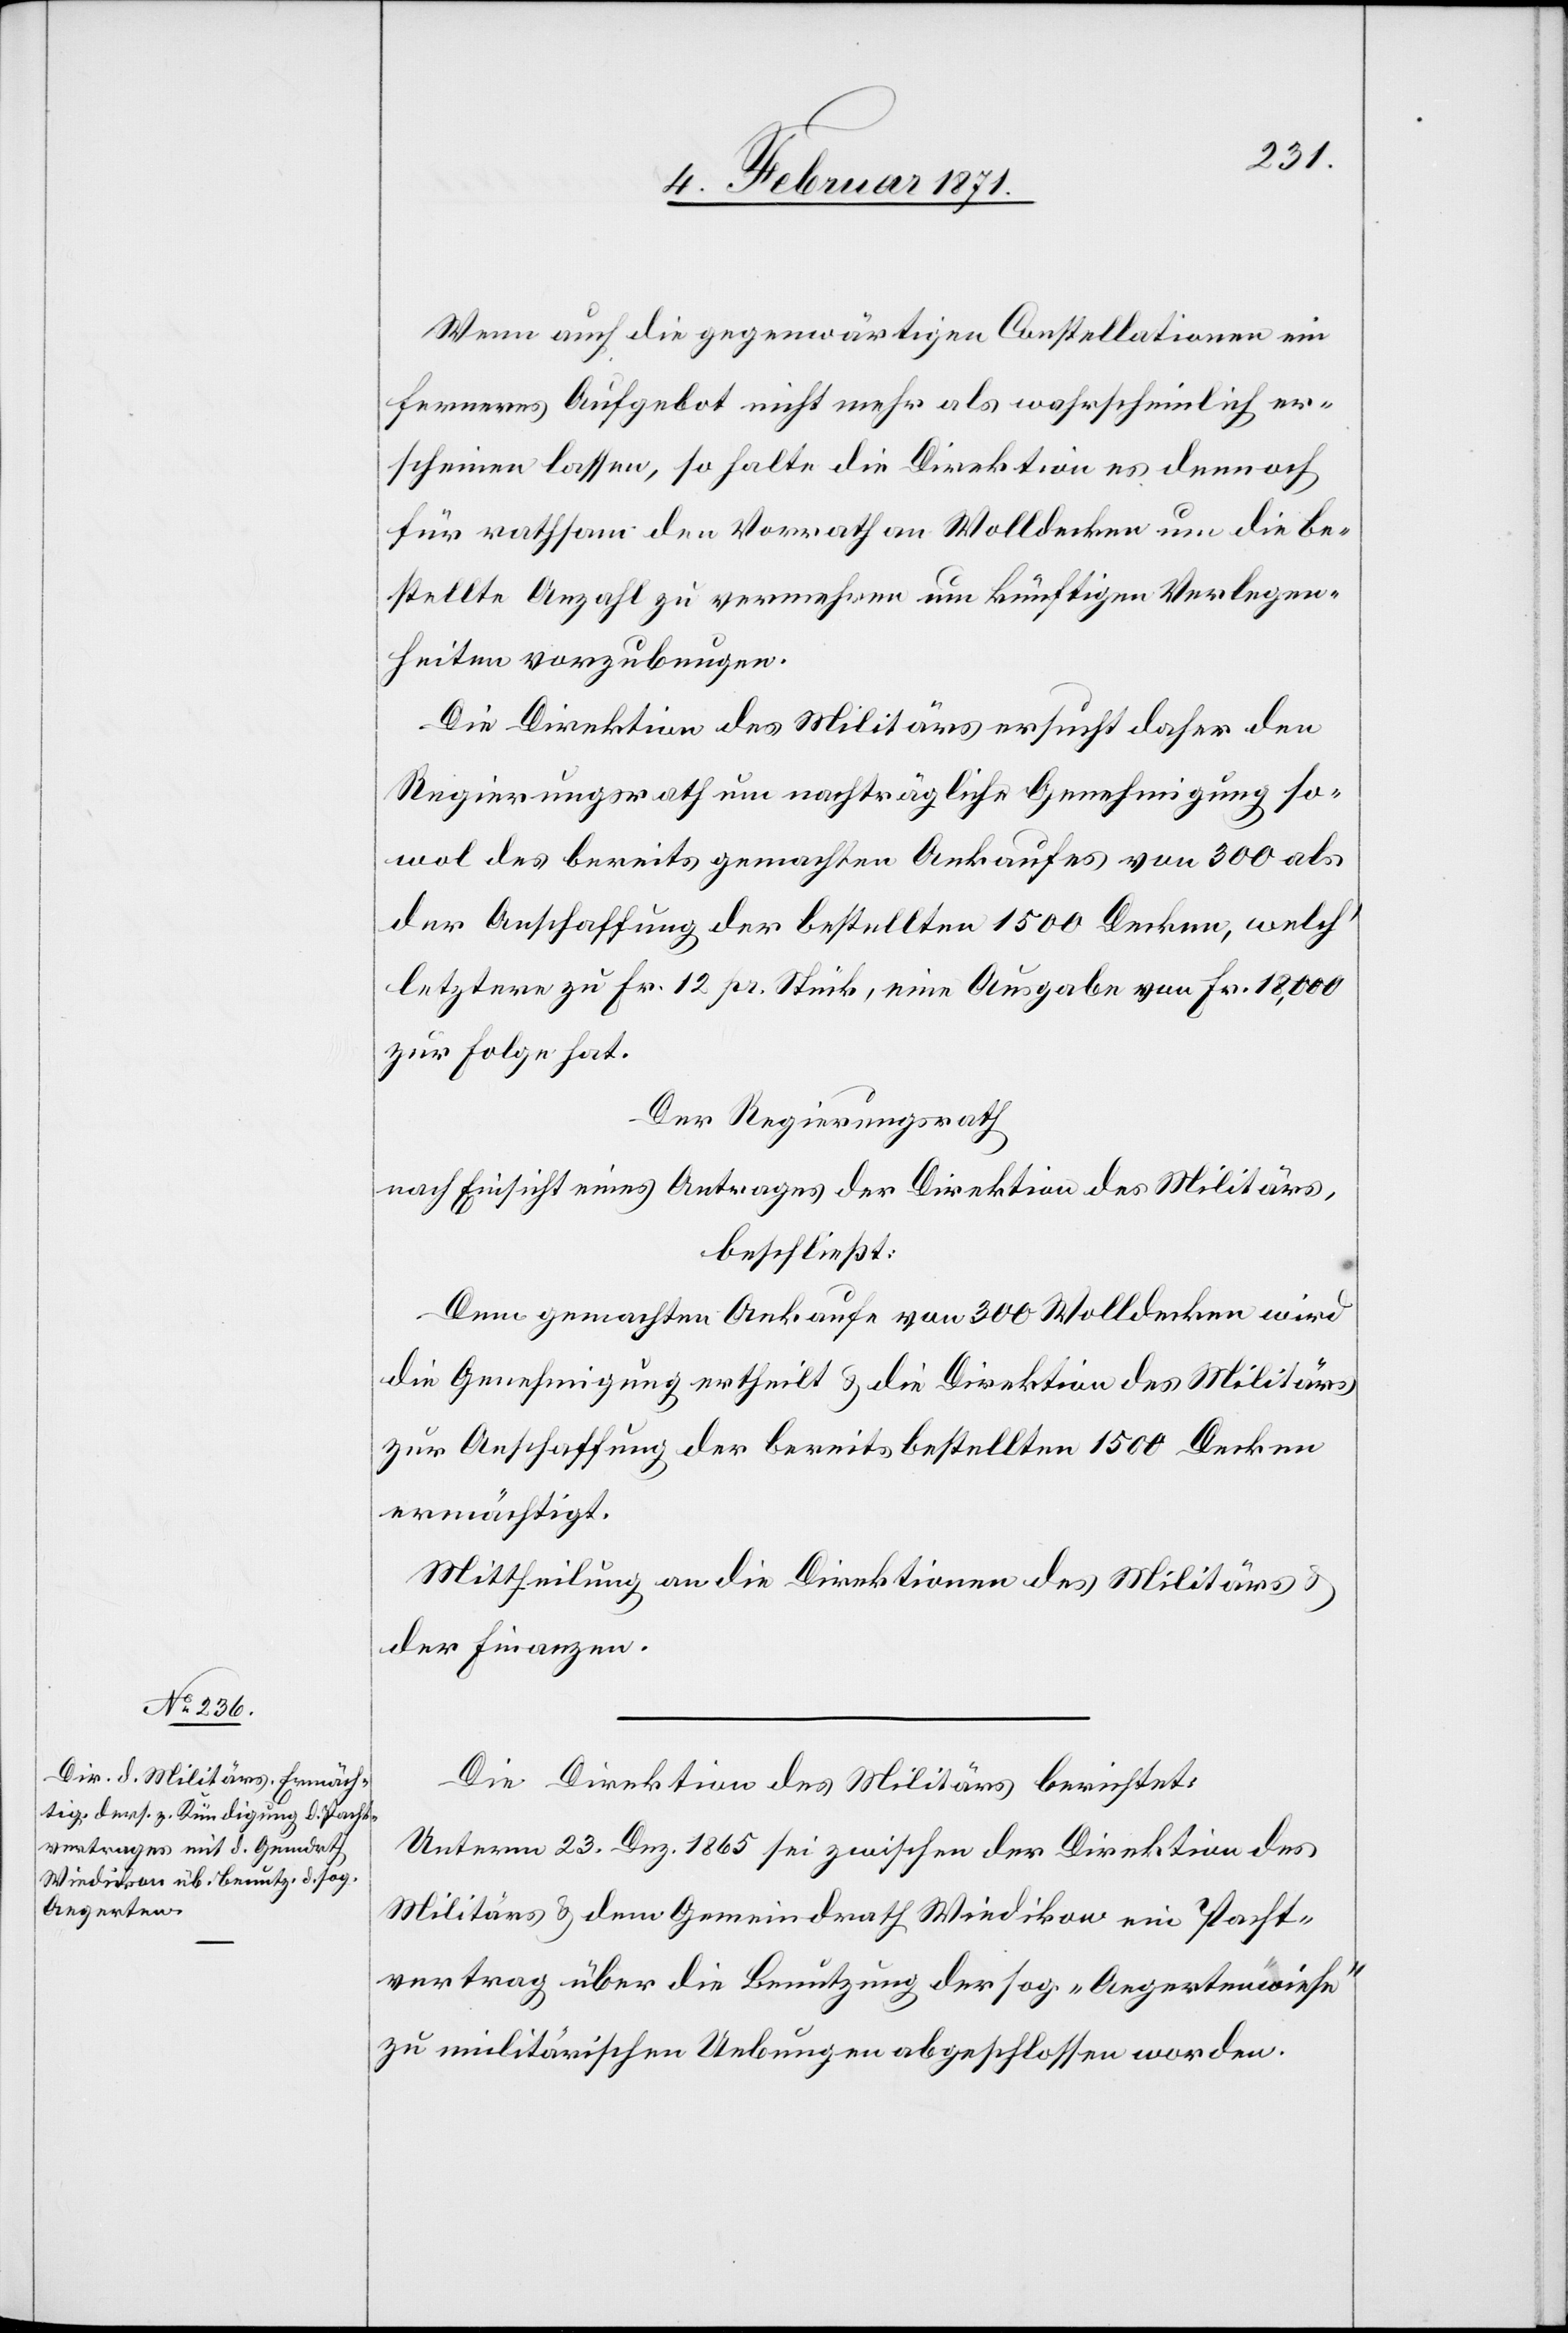
Wenn auch die gegenwärtigen Constellationen ein
ferneres Aufgebot nicht mehr als wahrscheinlich er¬
scheinen lassen, so halte die Direktion es dennoch
für rathsam den Vorrath an Wolldecken um die be¬
stellte Anzahl zu vermehren um künftigen Verlegen¬
heiten vorzubeugen.
Die Direktion des Militärs ersucht daher den
Regierungsrath um nachträgliche Genehmigung so¬
wol des bereits gemachten Ankaufes von 300 als
der Anschaffung der bestellten 1500 Decken, welch‘
letztern zu Fr. 12 pr. Stück, eine Ausgabe von Fr. 18,000
zur Folge hat.
Der Regierungsrath
nach Einsicht eines Antrages der Direktion des Militärs,
beschließt:
Dem gemachten Ankaufe von 300 Wolldecken wird
die Genehmigung ertheilt u. die Direktion des Militärs
zur Anschaffung der bereits bestellten 1500 Decken
ermächtigt.
Mittheilung an die Direktion des Militärs u.
der Finanzen.
Die Direktion des Militärs berichtet:
Unterm 23. Dez. 1865 sei zwischen der Direktion des
Militärs u. dem Gemeindrath Wiedikon ein Pacht¬
vertrag über die Benutzung der sog. „Aegertenwiese“
zu militärischen Uebungen abgeschlossen worden.